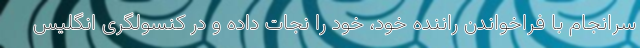
سرانجام با فراخواندن راننده خود، خود را نجات داده و در کنسولگری انگلیس